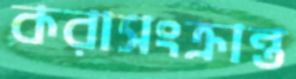
করাসংক্রান্ত